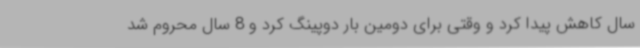
سال کاهش پیدا کرد و وقتی برای دومین بار دوپینگ کرد و 8 سال محروم شد